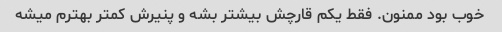
خوب بود ممنون. فقط یکم قارچش بیشتر بشه و پنیرش کمتر بهترم میشه